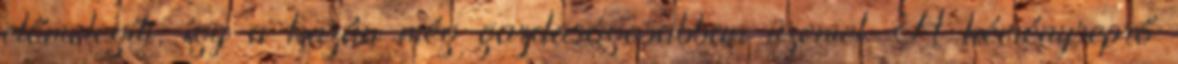
előmelegíti, így a kazán még gazdaságosabban üzemel. A kéményseprő